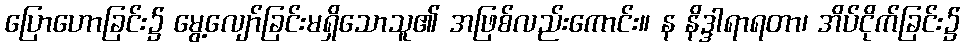
ပြောဟောခြင်း၌ မွေ့လျော်ခြင်းမရှိသောသူ၏ အဖြစ်လည်းကောင်း။ န နိဒ္ဒါရာရတာ၊ အိပ်ငိုက်ခြင်း၌